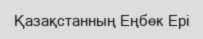
Қазақстанның Еңбек Ері